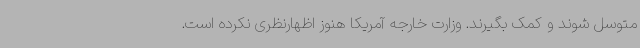
متوسل شوند و کمک بگیرند. وزارت خارجه آمریکا هنوز اظهارنظری نکرده است.